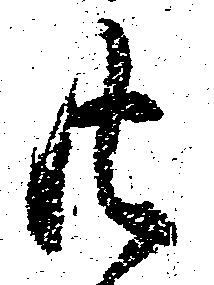
共